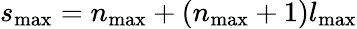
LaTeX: s_{\mathrm{max}}=n_{\mathrm{max}}+(n_{\mathrm{max}}+1)l_{\mathrm{max}}